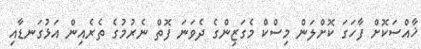
ޚާއްސަކޮށް ފާހަގަ ކޮށްލަން މިސްކް މެގަޒިންގެ ދެވަނަ ފޮތް ނެރުމުގެ ތެރެއިން އަޅުގަނޑާއި